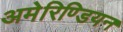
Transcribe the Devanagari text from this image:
अमेरिण्डियन